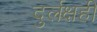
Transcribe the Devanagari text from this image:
दुर्लक्षही